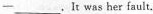
-___.It was her fault.